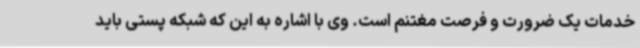
خدمات یک ضرورت و فرصت مغتنم است. وی با اشاره به این که شبکه پستی باید